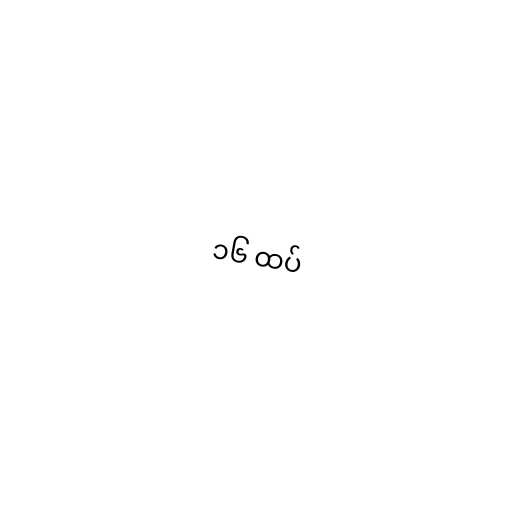
၁၆ ထပ်